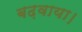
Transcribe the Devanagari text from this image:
बढ़वाया।